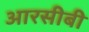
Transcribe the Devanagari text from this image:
आरसीबी